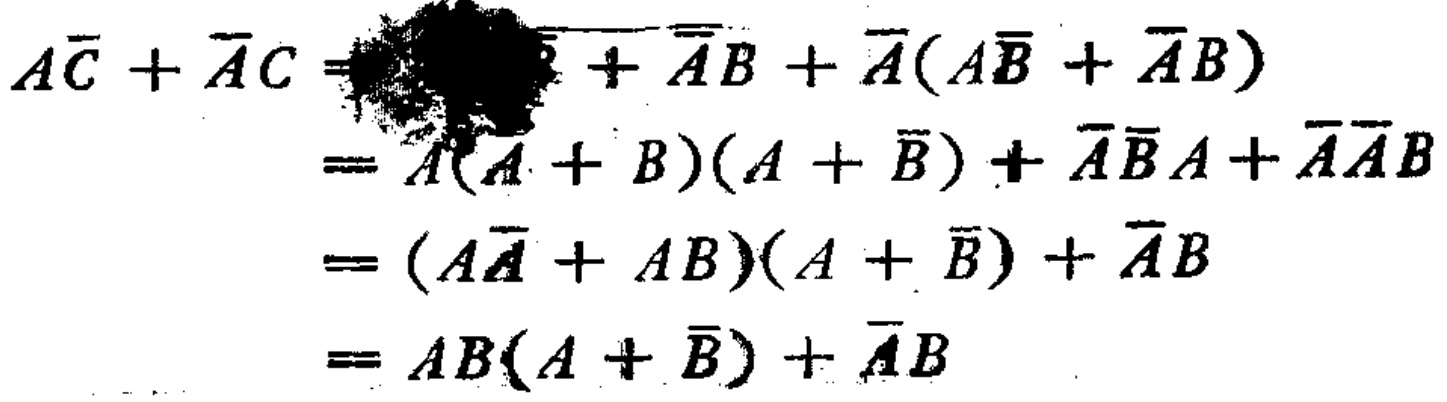
\(A\overline{C}+\overline{A}C =  + \overline{A}B+\overline{A}(A\overline{B}+\overline{A}B)\)

\(=A(A + B)(A+\overline{B})+\overline{A}\overline{B}A+\overline{A}\overline{A}B\)

\(=(A\overline{A}+AB)(A+\overline{B})+\overline{A}B\)

\(=AB(A+\overline{B})+\overline{A}B\)